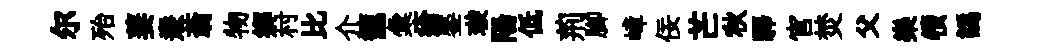
尔殆萋燾蓊物郷村比介籠彙瘡鏊璇陽低荊腳嶂佞芒秋驛官焚父樂犢譌